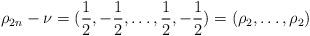
LaTeX: \begin{align*}\rho_{2n}-\nu=(\frac12,-\frac12,\dots,\frac12,-\frac12)=(\rho_2,\dots,\rho_2)\end{align*}